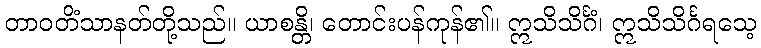
တာဝတိံသာနတ်တို့သည်။ ယာစန္တိ၊ တောင်းပန်ကုန်၏။ ဣသိသိင်္ဂံ၊ ဣသိသိင်္ဂရသေ့